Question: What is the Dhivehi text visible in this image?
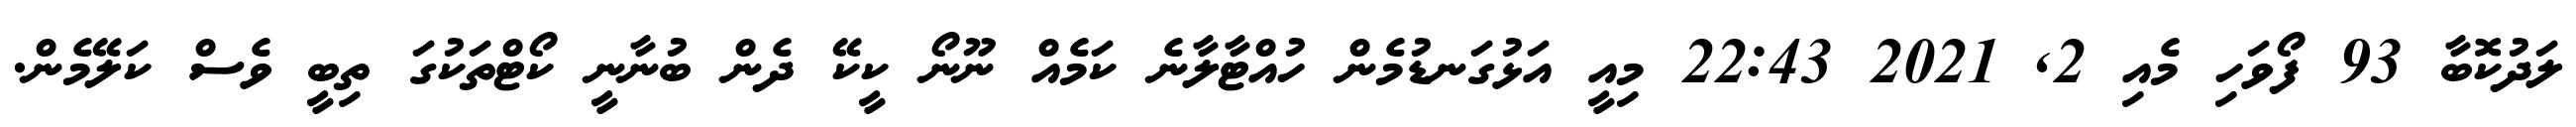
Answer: ލަދުކޮބާ 93 ފޯވަހި މެއި 2, 2021 22:43 މިއީ އަޅުގަނޑުމެން ހުއްޓާލާނެ ކަމެއް ނޫނޯ ކީކޭ ދެން ބުނާނީ ކޯޓްތަކުގަ ތިބީ ވެސް ކަލޭމެން.